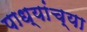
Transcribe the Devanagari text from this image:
पाध्यांच्या